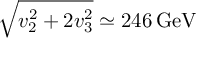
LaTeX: \sqrt { v _ { 2 } ^ { 2 } + 2 v _ { 3 } ^ { 2 } } \simeq 2 4 6 \, \mathrm { G e V }